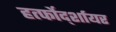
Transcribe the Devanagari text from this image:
हर्त्फोर्द्शायर